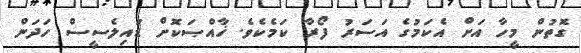
ގޮތުން މީހާ އަށް އެކަމުގެ އަސަރު ފޯރާ ކަމެކެވެ. ޚާއްޞަކޮށް ޑައިލެސީސް ހަދަން